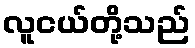
လူငယ်တို့သည်